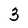
Character: 3